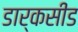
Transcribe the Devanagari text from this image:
डार्कसीड